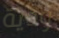
ودية